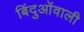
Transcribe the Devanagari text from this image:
बिंदुओंवाली